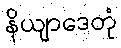
နိယျာဒေတုံ